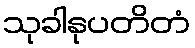
သုခါနုပတိတံ